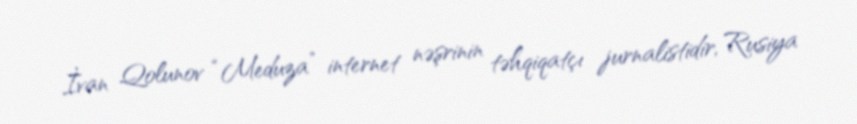
İvan Qolunov “Meduza” internet nəşrinin təhqiqatçı jurnalistidir, Rusiya